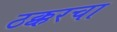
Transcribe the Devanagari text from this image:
ठक्करचा